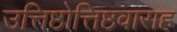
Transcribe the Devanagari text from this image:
उत्तिष्ठोत्तिष्ठवाराह